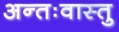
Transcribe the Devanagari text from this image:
अन्तःवास्तु